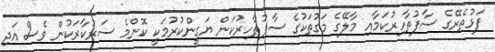
ފަޅުތެރޭގެ ސާފުތާހިރުކަމާއި މާލޭގެ މަގުތަކުގެ ސާފުތާހިރުކަން ޔަގީންކުރުމަކީ ކޮންމެ ސަރުކާރަކުން ވެސް އަދި